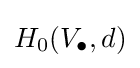
H_{0}(V_{\bullet },d)